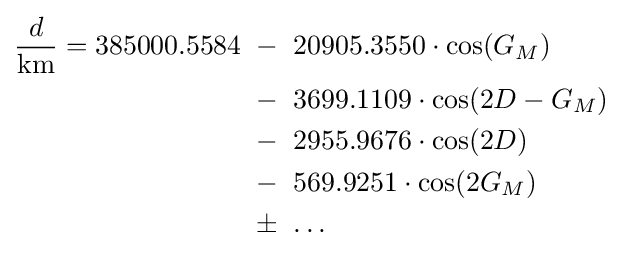
{\begin{alignedat}{3}{\frac {d}{\mathrm {km} }}=385000.5584&\ -\ 20905.3550\cdot \cos(G_{M})\\&\ -\ 3699.1109\cdot \cos(2D-G_{M})\\&\ -\ 2955.9676\cdot \cos(2D)\\&\ -\ 569.9251\cdot \cos(2G_{M})\\&\ \pm \ \dotsc \end{alignedat}}